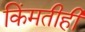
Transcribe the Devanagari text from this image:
किंमतीही